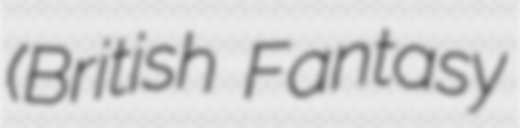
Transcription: (British Fantasy